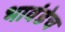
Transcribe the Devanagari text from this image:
भावंडेच